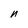
Character: n